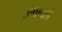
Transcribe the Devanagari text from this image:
उमगलं